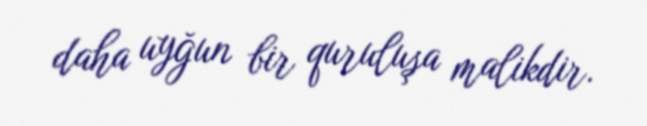
daha uyğun bir quruluşa malikdir.